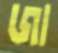
জা